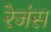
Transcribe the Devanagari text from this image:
रेजंस